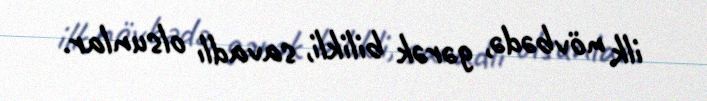
ilk növbədə, gərək bilikli, savadlı olsunlar.